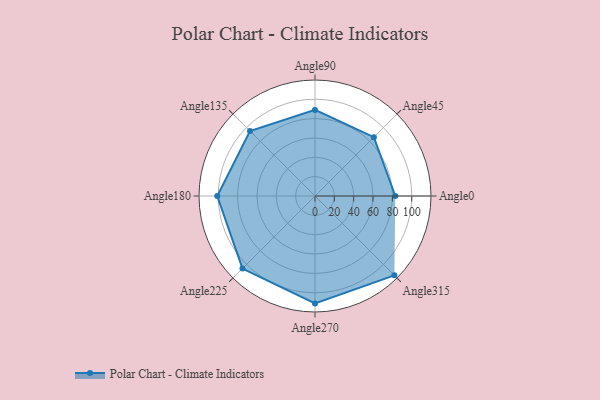
{"axis": {"x": "Angle", "y": "Radius"}, "legend": [""], "data": [{"x": "Angle0", "y": 83.0, "type": ""}, {"x": "Angle45", "y": 86.0, "type": ""}, {"x": "Angle90", "y": 89.0, "type": ""}, {"x": "Angle135", "y": 95.0, "type": ""}, {"x": "Angle180", "y": 101.0, "type": ""}, {"x": "Angle225", "y": 106.0, "type": ""}, {"x": "Angle270", "y": 111.0, "type": ""}, {"x": "Angle315", "y": 116.0, "type": ""}]}